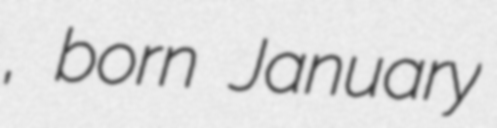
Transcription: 하정, born January